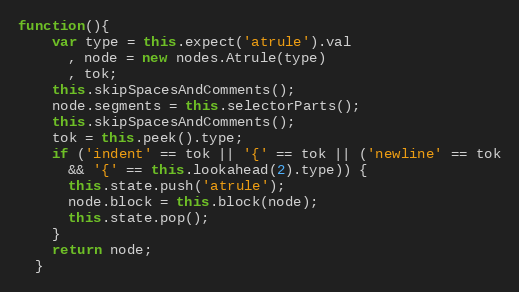
Language: JavaScript
function(){
    var type = this.expect('atrule').val
      , node = new nodes.Atrule(type)
      , tok;
    this.skipSpacesAndComments();
    node.segments = this.selectorParts();
    this.skipSpacesAndComments();
    tok = this.peek().type;
    if ('indent' == tok || '{' == tok || ('newline' == tok
      && '{' == this.lookahead(2).type)) {
      this.state.push('atrule');
      node.block = this.block(node);
      this.state.pop();
    }
    return node;
  }